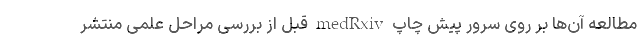
مطالعه آن‌ها بر روی سرور پیش چاپ medRxiv قبل از بررسی مراحل علمی منتشر